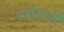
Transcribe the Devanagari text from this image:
स्त्रोतांची